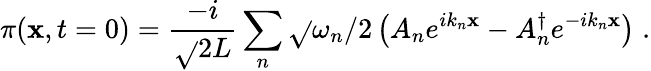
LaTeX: \pi(\mathbf{x},t=0)=\frac{{-i}}{{\sqrt{}{{2L}}}}\sum_{n}\sqrt{}{{\omega_{n}/2}}\left(A_{n}e^{ik_{n}\mathbf{x}}-A_{n}^{\dagger}e^{-ik_{n}\mathbf{x}}\right)\; .